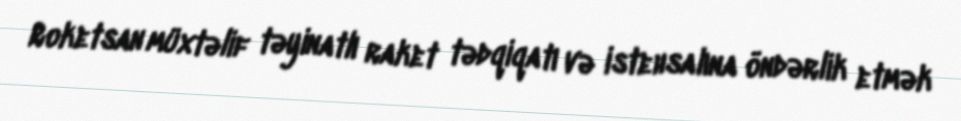
Roketsan müxtəlif təyinatlı raket tədqiqatı və istehsalına öndərlik etmək